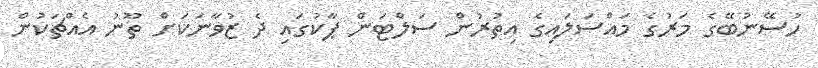
ހުސޭނުބޭގެ މަރުގެ މައްސަލައިގެ އިތުރުން ސަލްޓަން ޕާކުގައި ދެ ޒުވާނަކަށް ތޫނު އެއްޗަކުން